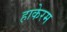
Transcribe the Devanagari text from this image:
हाकेरम